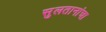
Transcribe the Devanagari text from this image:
सुलतानांचा